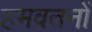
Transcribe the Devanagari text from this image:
हमवतनों